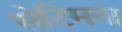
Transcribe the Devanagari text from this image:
सेटिमना